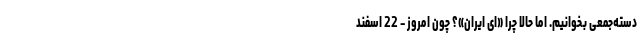
دسته‌جمعی بخوانیم‌. اما حالا چرا «ای ایران»؟ چون امروز – 22 اسفند